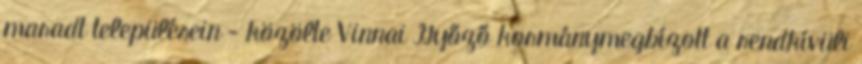
maradt településein - közölte Vinnai Győző kormánymegbízott a rendkívüli